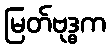
မြတ်ဗုဒ္ဓက